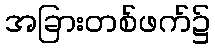
အခြားတစ်ဖက်၌